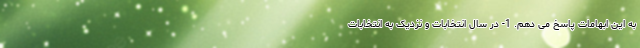
به این ابهامات پاسخ می دهم. 1- در سال انتخابات و نزدیک به انتخابات